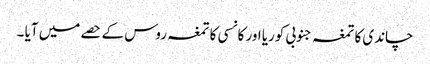
چاندی کا تمغہ جنوبی کوریا اور کانسی کا تمغہ روس کے حصے میں آیا ۔